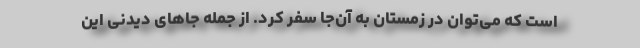
است که می‌توان در زمستان به آن‌جا سفر کرد‌. از جمله جاهای دیدنی این